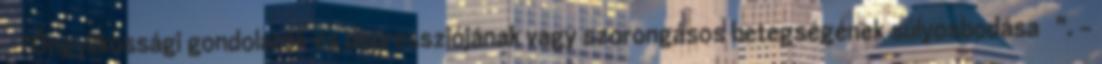
"Öngyilkossági gondolatok és depressziójának vagy szorongásos betegségének súlyosbodása ". -